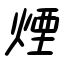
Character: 煙